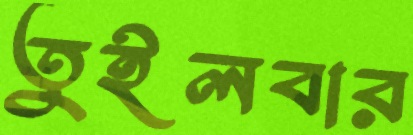
তুইলবার